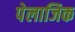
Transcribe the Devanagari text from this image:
पेलाजिक